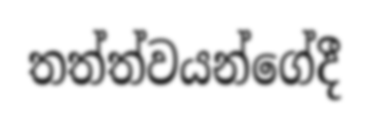
තත්ත්වයන්ගේදී